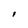
Character: I